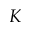
K